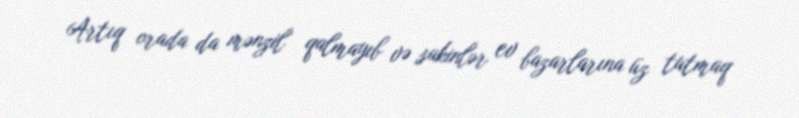
Artıq orada da mənzil qalmayıb və sakinlər ev bazarlarına üz tutmaq